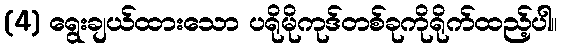
(4) ရွေးချယ်ထားသော ပရိုမိုကုဒ်တစ်ခုကိုရိုက်ထည့်ပါ။